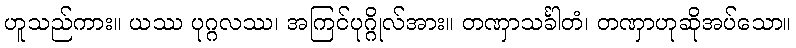
ဟူသည်ကား။ ယဿ ပုဂ္ဂလဿ၊ အကြင်ပုဂ္ဂိုလ်အား။ တဏှာသင်္ခါတံ၊ တဏှာဟုဆိုအပ်သော။